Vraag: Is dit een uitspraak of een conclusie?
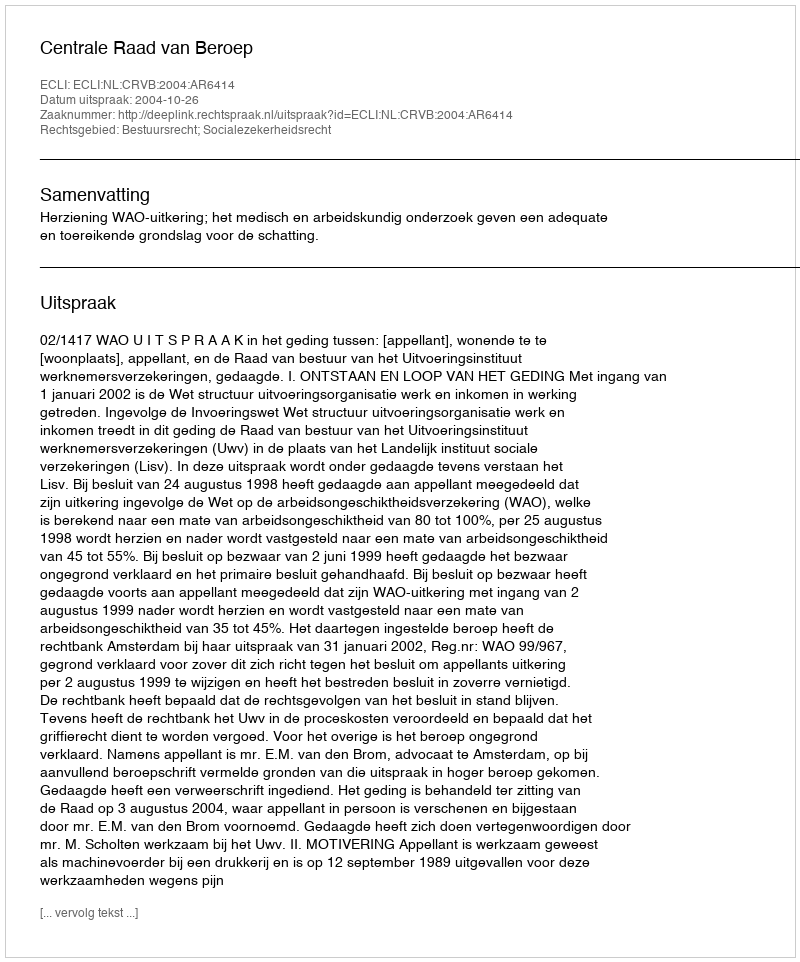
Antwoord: Uitspraak